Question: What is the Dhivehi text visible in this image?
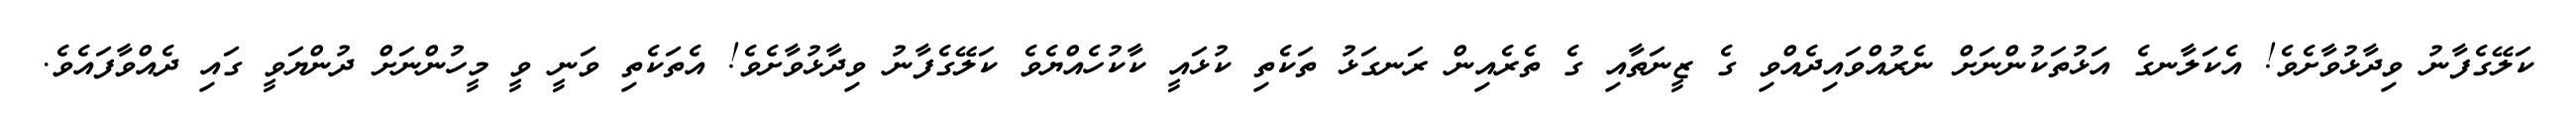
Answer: ކަލޭގެފާނު ވިދާޅުވާށެވެ! އެކަލާނގެ އަޅުތަކުންނަށް ނެރުއްވައިދެއްވި ގެ ޒީނަތާއި ގެ ތެރެއިން ރަނގަޅު ތަކެތި ކުޅައީ ކާކުހެއްޔެވެ ކަލޭގެފާނު ވިދާޅުވާށެވެ! އެތަކެތި ވަނީ ވީ މީހުންނަށް ދުންޔަވީ ގައި ދެއްވާފައެވެ.